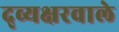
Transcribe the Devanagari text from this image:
द्व्यक्षरवाले